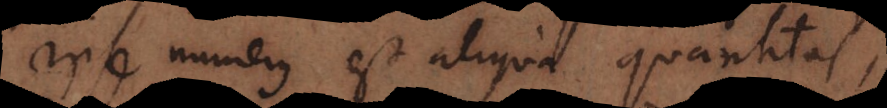
ipse numerus est aliqua quantitas,